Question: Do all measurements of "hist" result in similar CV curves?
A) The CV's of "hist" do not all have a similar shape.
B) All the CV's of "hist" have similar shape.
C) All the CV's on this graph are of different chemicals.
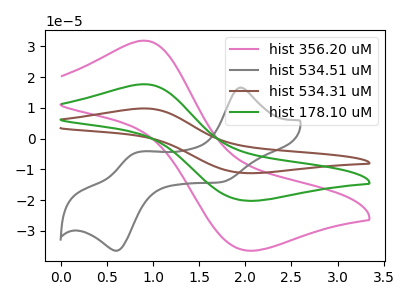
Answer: <think>The pink curve "hist 356.20 uM" has an anodic peak at (0.90V, 31.85uA) and a cathodic peak at (2.00V, -36.40uA). The gray curve "hist 534.51 uM" has anodic peaks at (1.95V, 16.60uA) (0.80V, -4.55uA) and cathodic peaks at (1.75V, -14.20uA) (0.60V, -36.45uA). The brown curve "hist 534.31 uM" has an anodic peak at (0.90V, 35.35uA) and a cathodic peak at (2.00V, -40.40uA). The green curve "hist 178.10 uM" has an anodic peak at (0.90V, 17.70uA) and a cathodic peak at (2.00V, -20.20uA).
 "hist 356.20 uM" and "hist 534.51 uM" have a different number of peaks. All the peaks in "hist 356.20 uM" have a peak in "hist 534.31 uM" at the same potential. Every peak in "hist 356.20 uM" is lower than every peak in "hist 534.31 uM". All the peaks in "hist 356.20 uM" have a peak in "hist 178.10 uM" at the same potential. Every peak in "hist 356.20 uM" is higher than every peak in "hist 178.10 uM". "hist 534.51 uM" and "hist 534.31 uM" have a different number of peaks. "hist 534.51 uM" and "hist 178.10 uM" have a different number of peaks. All the peaks in "hist 534.31 uM" have a peak in "hist 178.10 uM" at the same potential. Every peak in "hist 534.31 uM" is higher than every peak in "hist 178.10 uM".</think>
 <answer>B) All the CV's of "hist" have similar shape.</answer>
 <eval>B</eval>